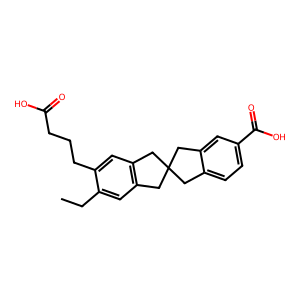
SMILES: CCc1cc2c(cc1CCCC(=O)O)CC1(Cc3ccc(C(=O)O)cc3C1)C2
Inhibits HIV replication: No